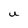
Character: U